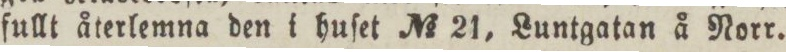
fullt återlemna den i huſet No 21, Luntgatan å Norr.